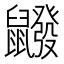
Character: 𪖆